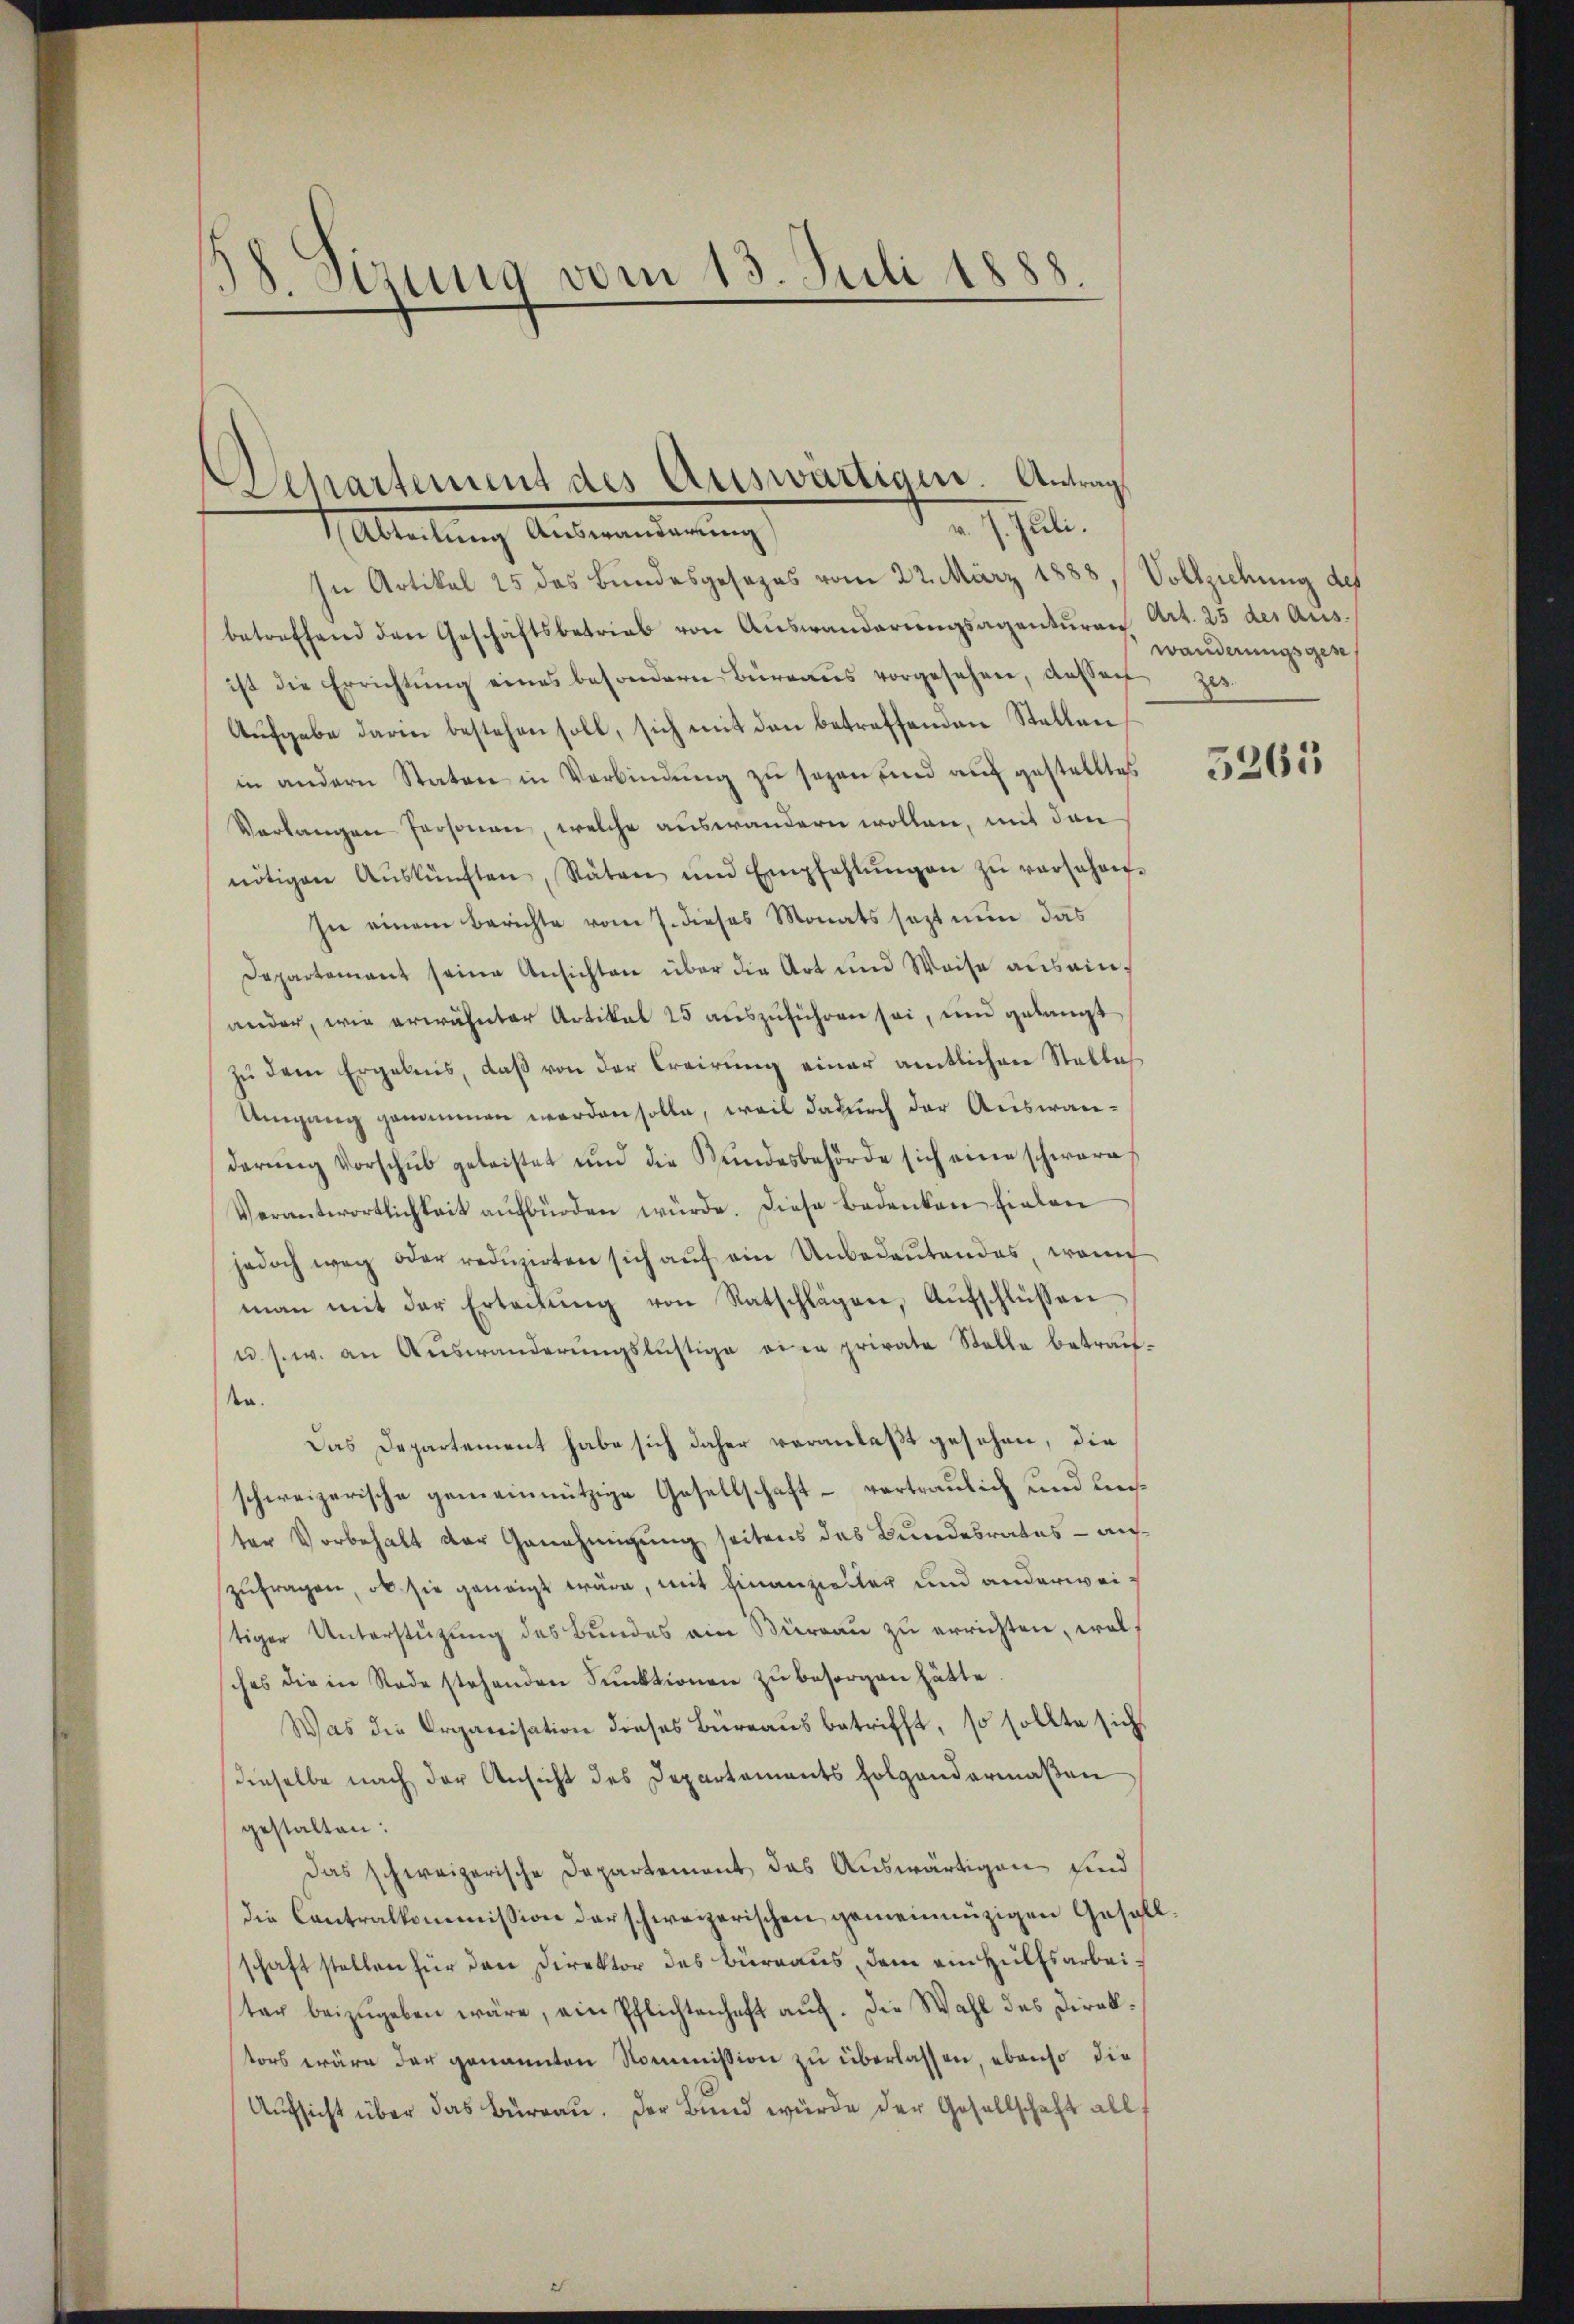
58 Sizung vom 13. Juli 1888.

¬
Separtement des Auswärtigen. Antrags
2 hat.
Abteilung Auswanderung

In Artikel 25 des Bundesgesezes vom 22. März 1888, Vollziehung des
betreffend den Geschäftsbetrieb von Aŭswanderŭngsagentŭren Art. 25 des Aus-
ist die Errichtŭng eines besondern Büreaŭs vorgesehen, dassen ze
Aŭfgabe darin bestehen soll, sich mit den betreffenden Stellen
in andern Staten in Verbindung zu sezen und auf gestelltes
Verlangen Personen, welche auswandern wollen, mit den
nötigen Aŭskünften, Stäten und Empfehlŭngen zŭ verschen-
In einem Berichte vom 7. dieses Monats sezt nun das
Departement seine Ansichten über die Art und Weise aus einander, wie erwähnter Artikel 25 auszuführen sei, und gelangt
zu dem Ergebnis, daß von der Creirung einer amtlichen Stelles
Umgang genommen worden solle, weil dadurch der Auswanderŭng Vorschŭb geleistet und die Stŭndesbehörde sich eine schwere
Verantwortlichkeit aufbürden würde. Diese Bedenken fielen
jedoch weg oder redŭzirten sich auf ein Unbedeutendes, womi
man mit der Erteilŭng von Ratschlägen, Aŭfschlüssen
u. s. w. an Aŭswanderŭngslustige eine private Stelle betraŭt-
ta.
Das Departement habe sich daher veranlaßt gesehen, die
schweizerische gemeinnützige Gesellschaft – vertraulich und liester Vorbehalt der Genehmigung seitens des Bundesrates — aufzufragen, ob sie geneigt wäre, mit Finanzieller und anderweitiger Unterstützung des Bundes ein Büreau zu errichten, welches die in Rade stehenden Funktionen zu besorgen hätte
Was die Organisation dieses Büreaus betrifft, so sollte sich
dieselbe nach der Ansicht des Departements folgendermaßen
gestalten:
Das schweizerische Departement das Auswärtigen sind
Die Contralkommission der schweizerischen gemeinnüzigen Gesellschaft stellen für den Direktor des Büreaŭs dem ein Hülfsarbeiter beizugeben wäre, ein Pflichtenhaft auf. Die Wahl des Direktors wäre der genannten Kommission zu überlassen, ebenso die
Aufsicht über das Burgau. Der Bund würde der Gesellschaft all

wanderungsgeset

5261